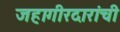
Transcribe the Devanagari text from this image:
जहागीरदारांची